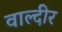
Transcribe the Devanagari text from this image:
वाल्दीर